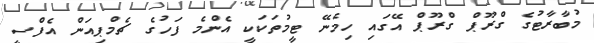
މުބާރާޓުގެ ގްރޫޕް ގްރޫޕް އޭގައި ހިމެނޭ ޓީމުތަކަކީ އެންމެ ފަހުގެ ޗެމްޕިއަން އެފްސީ